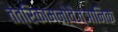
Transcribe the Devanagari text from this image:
तंत्रिकामनोवैज्ञानिक